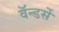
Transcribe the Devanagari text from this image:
वॅन्डर्से